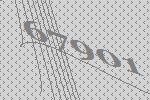
67901